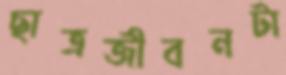
ছাত্রজীবনটা